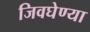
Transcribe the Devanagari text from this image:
जिवघेण्या